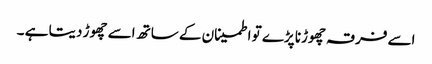
اسے فرقہ چھوڑنا پڑے تو اطمینان کے ساتھ اسے چھوڑ دیتا ہے ۔